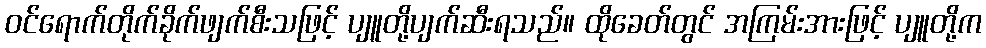
ဝင်ရောက်တိုက်ခိုက်ဖျက်စီးသဖြင့် ပျူတို့ပျက်ဆီးရသည်။ ထိုခေတ်တွင် အကြမ်းအားဖြင့် ပျူတို့က